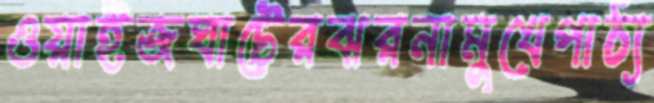
ওয়াইজঘাটেরঝরনামুখেপাঠ্য